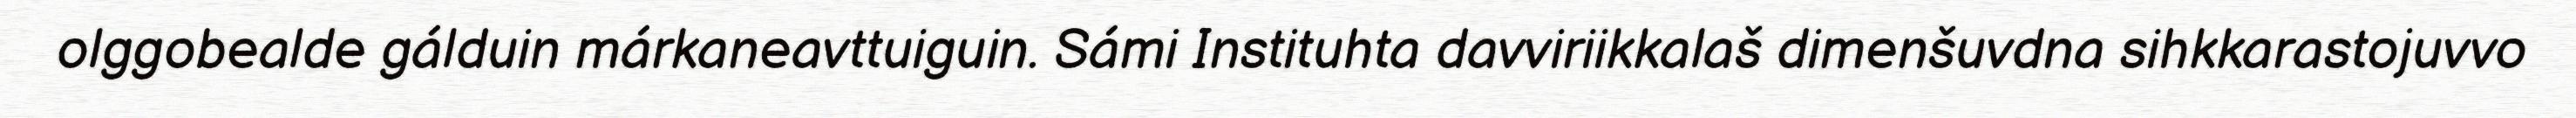
olggobealde gálduin márkaneavttuiguin. Sámi Instituhta davviriikkalaš dimenšuvdna sihkkarastojuvvo